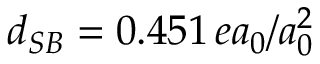
d _ { S B } = 0 . 4 5 1 \, e a _ { 0 } / a _ { 0 } ^ { 2 }